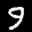
Label: 9